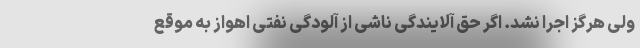
ولی هرگز اجرا نشد. اگر حق آلایندگی ناشی از آلودگی نفتی اهواز به موقع